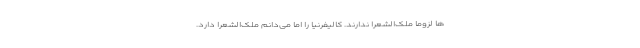
ها لزوما ملک‌الشعرا ندارند. کالیفرنیا را اما می‌دانم ملک‌الشعرا دارد.